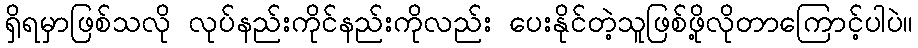
ရှိရမှာဖြစ်သလို လုပ်နည်းကိုင်နည်းကိုလည်း ပေးနိုင်တဲ့သူဖြစ်ဖို့လိုတာကြောင့်ပါပဲ။